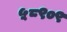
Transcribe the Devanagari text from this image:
५८९०९